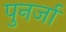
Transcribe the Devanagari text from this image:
पुनर्जा